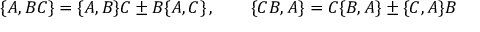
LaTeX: \{ A , B C \} = \{ A , B \} C \pm B \{ A , C \} \, , \qquad \{ C B , A \} = C \{ B , A \} \pm \{ C , A \} B